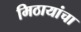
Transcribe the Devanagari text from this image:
मिठायांचा